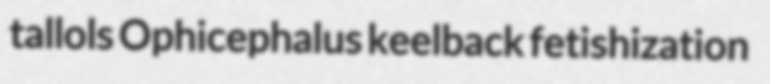
tallols Ophicephalus keelback fetishization